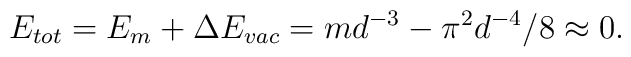
E_{tot}=E_m +\Delta E_{vac} = md^{-3} - \pi^2 d^{-4}/8 \approx 0.